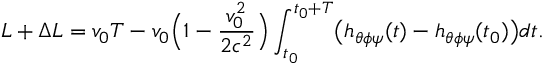
L + \Delta L = v _ { 0 } T - v _ { 0 } \Bigl ( 1 - \frac { v _ { 0 } ^ { 2 } } { 2 c ^ { 2 } } \Bigr ) \int _ { t _ { 0 } } ^ { t _ { 0 } + T } \bigl ( h _ { \theta \phi \psi } ( t ) - h _ { \theta \phi \psi } ( t _ { 0 } ) \bigr ) d t .